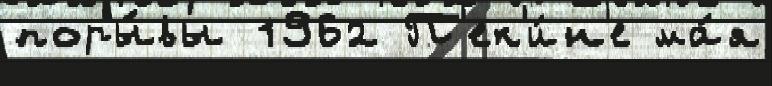
поры́вы 1962 П'ек'и́н'е ма́я